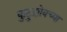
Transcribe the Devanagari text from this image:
कुटुझोवच्या